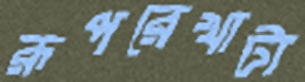
রূপরেখাটা